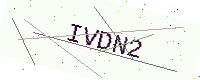
Text: IVDN2